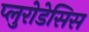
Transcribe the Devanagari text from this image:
प्लुरोडेसिस